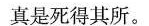
真是死得其所。